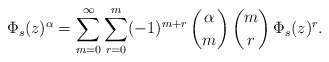
\begin{align*}\Phi_s(z)^\alpha=\sum_{m=0}^\infty\sum_{r=0}^m(-1)^{m+r}\,\binom{\alpha}{m}\,\binom{m}{r}\,\Phi_s(z)^r.\end{align*}